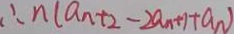
\therefore n ( a _ { n } + 2 - 2 a _ { n + 1 } + a _ { n } )